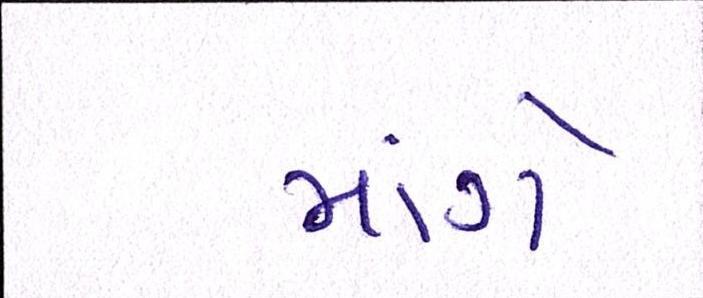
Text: માંગે